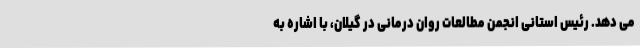
می دهد. رئیس استانی انجمن مطالعات روان درمانی در گیلان، با اشاره به